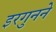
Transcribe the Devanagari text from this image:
इरगुनने